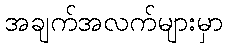
အချက်အလက်များမှာ